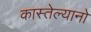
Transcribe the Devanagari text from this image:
कास्तेल्यानो